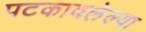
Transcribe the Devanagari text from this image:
पटकावलेल्या